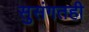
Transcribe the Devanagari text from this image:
सुसंगतही